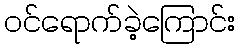
ဝင်ရောက်ခဲ့ကြောင်း